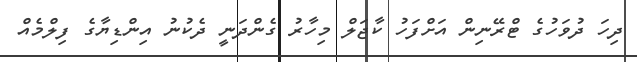
ދިހަ ދުވަހުގެ ޓްރޭނިން އަށްފަހު ކާޖަލް މިހާރު ގެންދަނީ ދެކުނު އިންޑިޔާގެ ފިލްމެއް